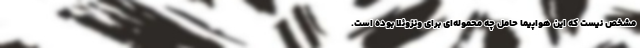
مشخص نیست که این هواپیما حامل چه محموله‌ای برای ونزوئلا بوده است.